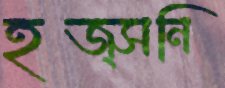
হজ্সনি